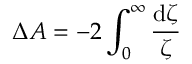
\Delta { \cal A } = - 2 \int _ { 0 } ^ { \infty } \frac { \mathrm { d } \zeta } { \zeta }